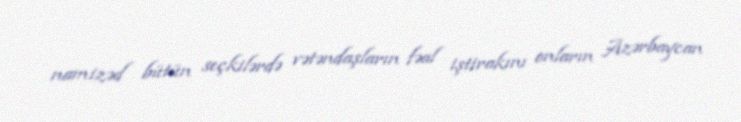
namizəd bütün seçkilərdə vətəndaşların fəal iştirakını onların Azərbaycan